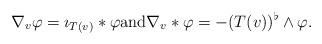
LaTeX: \begin{align*} \nabla_v \varphi = \imath_{T(v)} \ast \varphi \mbox{and} \nabla_v * \varphi = -(T(v))^\flat \wedge \varphi.\end{align*}